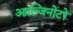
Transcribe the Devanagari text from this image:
आल्जिनोटों